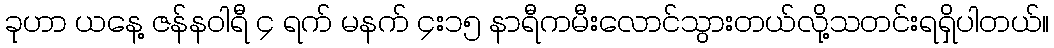
ခုဟာ ယနေ့ ဇန်နဝါရီ ၄ ရက် မနက် ၄း၁၅ နာရီကမီးလောင်သွားတယ်လို့သတင်းရရှိပါတယ်။